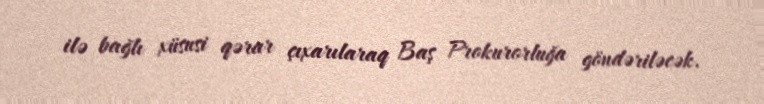
ilə bağlı xüsusi qərar çıxarılaraq Baş Prokurorluğa göndəriləcək.